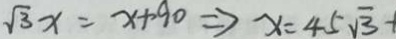
\sqrt { 3 } x = x + 9 0 \Rightarrow x = 4 5 \sqrt { 3 } +